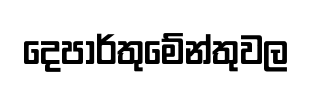
දෙපාර්තුමේන්තුවල